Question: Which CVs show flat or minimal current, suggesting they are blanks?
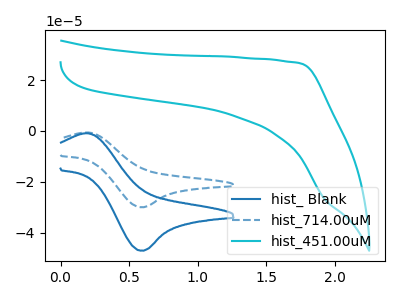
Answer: <think>The blue curve "hist_ Blank" has an anodic peak at (0.20V, -0.85uA) and a cathodic peak at (0.60V, -47.00uA). The blue dashed curve "hist_714.00uM" has an anodic peak at (0.20V, -0.55uA) and a cathodic peak at (0.60V, -29.95uA). The cyan curve "hist_451.00uM" has no peaks.</think>
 <answer>"hist_451.00uM" is likely to be a blank.</answer>
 <eval>hist_451.00uM</eval>